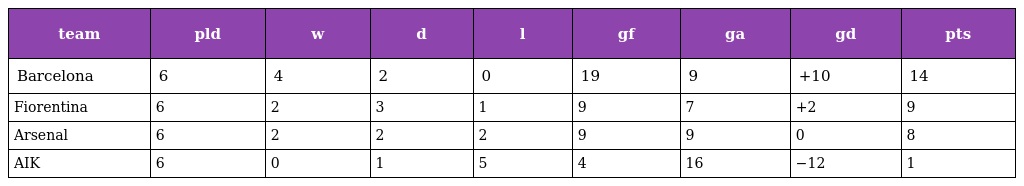
| team | pld | w | d | l | gf | ga | gd | pts |
 | --- | --- | --- | --- | --- | --- | --- | --- | --- |
 | Barcelona | 6 | 4 | 2 | 0 | 19 | 9 | +10 | 14 |
 | Fiorentina | 6 | 2 | 3 | 1 | 9 | 7 | +2 | 9 |
 | Arsenal | 6 | 2 | 2 | 2 | 9 | 9 | 0 | 8 |
 | AIK | 6 | 0 | 1 | 5 | 4 | 16 | −12 | 1 |